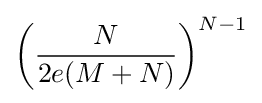
\left({\frac {N}{2e(M+N)}}\right)^{N-1}